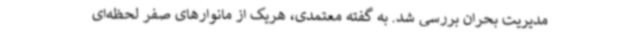
مدیریت بحران بررسی شد. به گفته معتمدی، هریک از مانوارهای صفر لحظه‌ای